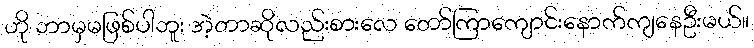
ဟို ဘာမှမဖြစ်ပါဘူး အဲ့တာဆိုလည်းစားလေ တော်ကြာကျောင်းနောက်ကျနေဦးမယ်။